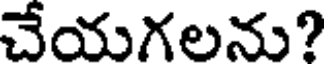
చేయగలను?